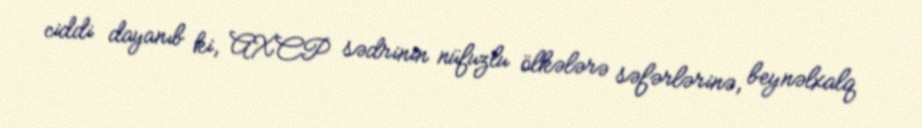
ciddi dayanıb ki, AXCP sədrinin nüfuzlu ölkələrə səfərlərinə, beynəlxalq